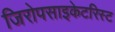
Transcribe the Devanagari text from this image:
जिरोपसाइकेटरिस्ट